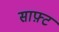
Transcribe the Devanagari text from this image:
साफ़्ट